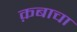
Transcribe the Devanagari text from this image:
क़बाचा